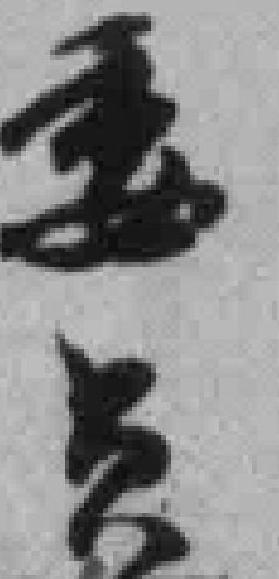
委员